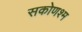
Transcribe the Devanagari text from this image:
सकोणश्म